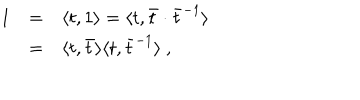
LaTeX: \begin{array} { r c l } { { 1 } } & { { = } } & { { \langle t , 1 \rangle = \langle t , { \bar { t } } \cdot { \bar { t } } ^ { - 1 } \rangle } } \\ { { } } & { { = } } & { { \langle t , \bar { t } \rangle \langle t , \bar { t } ^ { - 1 } \rangle ~ , } } \\ \end{array}